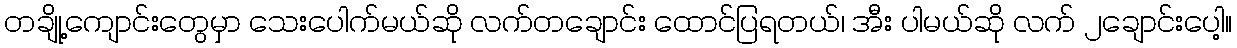
တချို့ကျောင်းတွေမှာ သေးပေါက်မယ်ဆို လက်တချောင်း ထောင်ပြရတယ်၊ အီး ပါမယ်ဆို လက် ၂ချောင်းပေါ့။